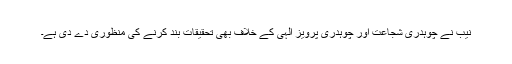
نیب نے چوہدری شجاعت اور چوہدری پرویز الٰہی کے خلاف بھی تحقیقات بند کرنے کی منظوری دے دی ہے۔